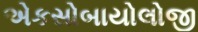
એકસોબાયોલોજી